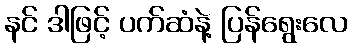
နင် ဒါဖြင့် ပက်ဆံနဲ့ ပြန်ရွေးလေ